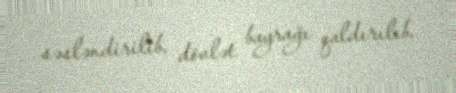
səsləndirilib, dövlət bayrağı qaldırılıb.